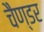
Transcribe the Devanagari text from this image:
चैण्डर